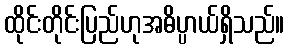
ထိုင်းတိုင်းပြည်ဟုအဓိပ္ပာယ်ရှိသည်။